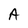
Character: A